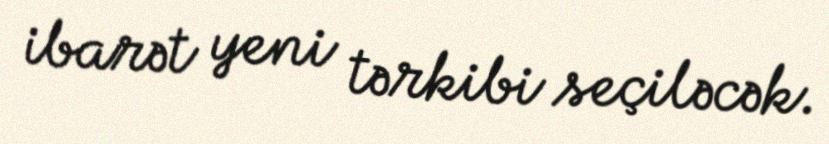
ibarət yeni tərkibi seçiləcək.